Vital statistics of India. Vol. V, Reports of 1876 on armies & jails and on epidemic cholera
Year: 1876
Disease focus: Cholera
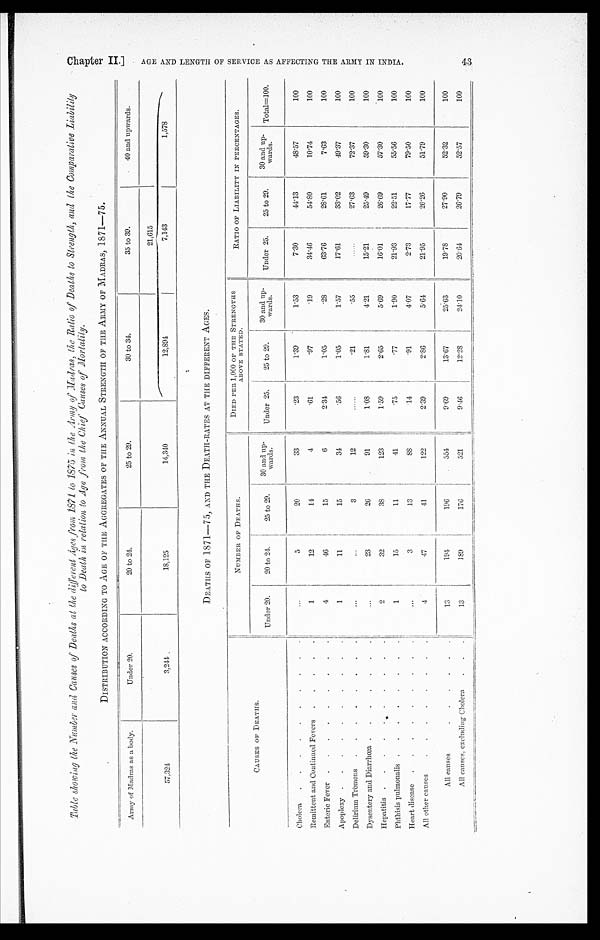
Table sh owing the Number and Causes of Deaths at the different Ages from 1871 to 1875 in the Army of Madras, the Ratio of D eaths to Strength, and the Comparative Liability
to Death in relation to Age from the chief Causes of Mortality.
DISTRIBUTION ACCORDING TO AGE OF THE AGGREGATES OF THE ANNUAL STRENGTH OF THE ARMY OF MADRAS, 1871—75.
Army of Madras as a body.
Under 20.
20 to 24.
25 to 29.
30 to 34.
35 to 39.
40 and upwards.
21,615
57,324
3,244
18,125
14,340
12,894
7,143
1,578
DEATHS OF 1871—75, AND THE DEATH-RATES AT THE DIFFERENT AGES.
CAUS ES OP DEATHS .
NUMBER OF DEATHS.
DIED PER 1,000 OF THE STRENGTHS
ABOVE STATED.
RATIO OF LIABILITY IN PERCENTAGES.
Under 20.
20 to 24.
25 to29.
30 and up-
wards.
Under 25.
25 to 29.
30 and up-
wards.
Under 25.
25 to29.
30 and up-
wards.
Total=100.
Cholera
. . .
. . .
5
20
33
.23
1.39
1.53
7.30
44.13
48.57
100
Remittent and Continued Fevers
. . .
1
12
14
4
.61
.97
.19
34.46
54.80
10.74
100
Enteric Fever
. . .
4
46
15
6
2.34
1.05
.28
63.76
28.61
7.63
100
Apoplexy . . .
1
11
15
34
.56
1.05
1.57
17.61
33.02
49.37
100
Delirium Tremens
. . .
. . .
. . .
3
12
. . .
.21
.55
. . .
27.63
72.37
100
Dysentery and Diarrhœa . . .
. . .
23
26
91
1. 08
1.81
4.21
15.21
25.49
59.30
100
Hepatitis . . .
2
32
38
123
1.59
2.65
5.69
16.01
26.69
57.30
100
Phthisis pulmonalis . . .
1
15
11
41
.75
.77
1.90
21.93
22.51
55.56
100
Heart disease
. . .
. . .
3
13
8 8
.14
.91
4.07
2.73
17.77
79.50
100
All other causes
. . .
4
47
41
122
2.39
2.86
5.64
21.95
26.26
51.79
100
All causes . . .
13
194
196
554
9.69
13.67
25.63
19.78
27.90
52.32
100
All causes, excluding Cholera
. . .
13
189
176
521
9.46
12. 28
24.10
20.64
26.79
52.57
100
C h a p t e r I I . ] A G E A N D L E N G T H O F S E R V I C E A S A F F E C T I N G T H E A R M Y I N I N D I A .
4 3